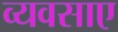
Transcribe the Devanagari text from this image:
व्यवसाए